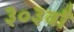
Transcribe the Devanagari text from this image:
३०३वाँ